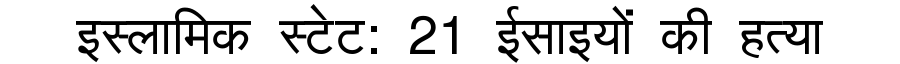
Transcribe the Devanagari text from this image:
इस्लामिक स्टेट: 21 ईसाइयों की हत्या